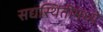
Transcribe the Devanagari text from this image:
सद्यस्थितीमध्ये